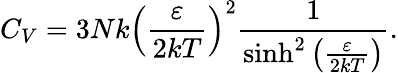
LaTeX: C_{V}=3Nk\left({\frac{\varepsilon}{2kT}}\right)^{2}{\frac{1}{\sinh^{2}\left({\frac{\varepsilon}{2kT}}\right)}}.